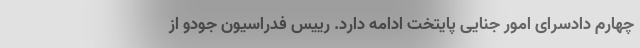
چهارم دادسرای امور جنایی پایتخت ادامه دارد. رییس فدراسیون جودو از